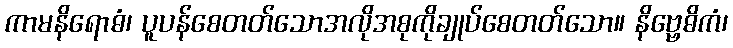
ကာမနိရောဓံ၊ ပူပန်စေတတ်သောအလိုအစုကိုချုပ်စေတတ်သော။ နိဗ္ဗေဓိကံ၊